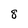
Character: 8